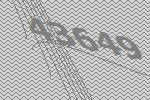
43649